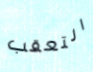
التعقب